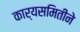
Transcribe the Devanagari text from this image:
कार्यसमितीने